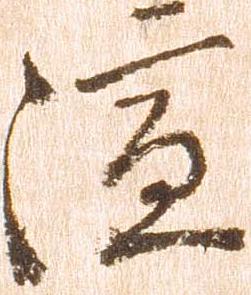
演